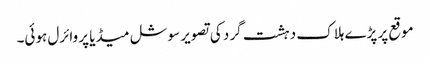
موقع پر پڑے ہلاک دہشت گرد کی تصویر سوشل میڈیا پر وائرل ہوئی۔